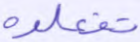
تفعلوه